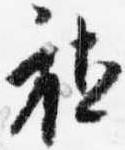
社